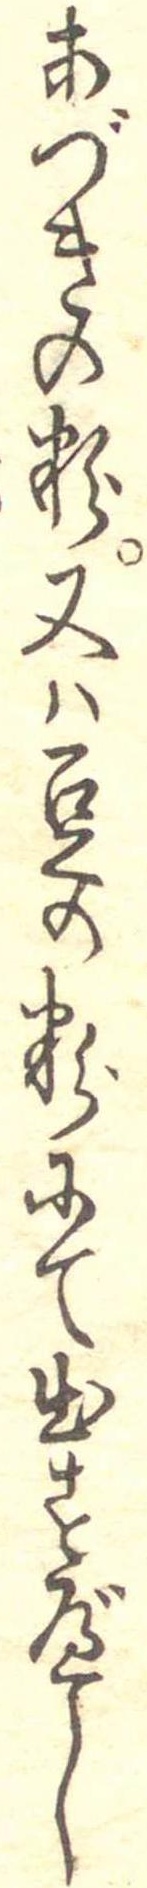
あづきの粉又は豆の粉にて出すべし